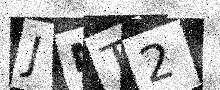
Text: JMT2